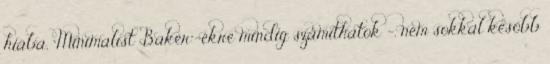
hiába, “Minimalist Baker”-ékre mindig számíthatok -, nem sokkal később